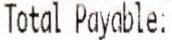
TOTAL PAYABLE: